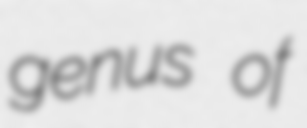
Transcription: genus of